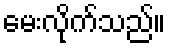
မေးလိုက်သည်။